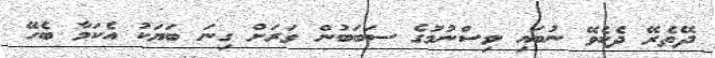
ދޭތެރޭ ދެކެވޭ ނުބައި ވިސްނުމުގެ ސަބަބުން ވަރަށް ގިނަ ބަޔަކު އެކަމާ ބެހޭ